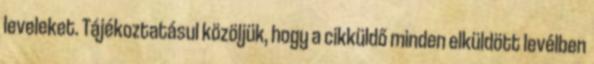
leveleket. Tájékoztatásul közöljük, hogy a cikküldő minden elküldött levélben